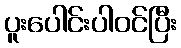
ပူးပေါင်းပါဝင်ပြီး